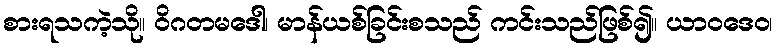
စားရသကဲ့သို။ ဝိဂတမဒေါ၊ မာန်ယစ်ခြင်းစသည် ကင်းသည်ဖြစ်၍။ ယာဝဒေဝ၊